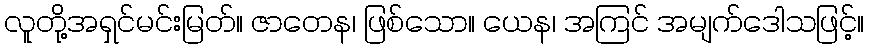
လူတို့အရှင်မင်းမြတ်။ ဇာတေန၊ ဖြစ်သော။ ယေန၊ အကြင် အမျက်ဒေါသဖြင့်။